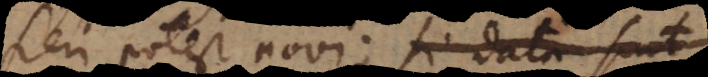
fieri potest novi; si data sint